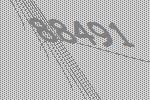
88491